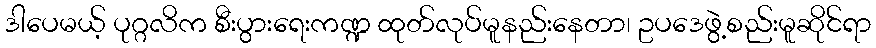
ဒါပေမယ့် ပုဂ္ဂလိက စီးပွားရေးကဏ္ဍ ထုတ်လုပ်မူနည်းနေတာ၊ ဥပဒေဖွဲ့စည်းမူဆိုင်ရာ